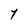
Character: Y